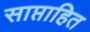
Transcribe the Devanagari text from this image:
साप्ताहित